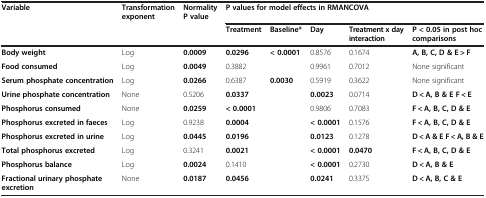
<table><thead><tr><td><b>Variable</b></td><td><b>Transformation exponent</b></td><td><b>Normality P value</b></td><td colspan="5"><b>P values for model effects in RMANCOVA</b></td></tr><tr><td></td><td></td><td></td><td><b>Treatment</b></td><td><b>Baseline*</b></td><td><b>Day</b></td><td><b>Treatment x day interaction</b></td><td><b>P &lt; 0.05 in post hoc comparisons</b></td></tr></thead><tbody><tr><td><b>Body weight</b></td><td>Log</td><td><b>0.0009</b></td><td><b>0.0296</b></td><td><b>&lt; 0.0001</b></td><td>0.8576</td><td>0.1674</td><td><b>A, B, C, D &amp; E &gt; F</b></td></tr><tr><td><b>Food consumed</b></td><td>Log</td><td><b>0.0049</b></td><td>0.3882</td><td></td><td>0.9961</td><td>0.7012</td><td>None significant</td></tr><tr><td><b>Serum phosphate concentration</b></td><td>Log</td><td><b>0.0266</b></td><td>0.6387</td><td><b>0.0030</b></td><td>0.5919</td><td>0.3622</td><td>None significant</td></tr><tr><td><b>Urine phosphate concentration</b></td><td>None</td><td>0.5206</td><td><b>0.0337</b></td><td></td><td><b>0.0023</b></td><td>0.0714</td><td><b>D &lt; A, B &amp; E F &lt; E</b></td></tr><tr><td><b>Phosphorus consumed</b></td><td>None</td><td><b>0.0259</b></td><td><b>&lt; 0.0001</b></td><td></td><td>0.9806</td><td>0.7083</td><td><b>F &lt; A, B, C, D &amp; E</b></td></tr><tr><td><b>Phosphorus excreted in faeces</b></td><td>Log</td><td>0.9238</td><td><b>0.0004</b></td><td></td><td><b>&lt; 0.0001</b></td><td>0.1576</td><td><b>F &lt; A, B, C, D &amp; E</b></td></tr><tr><td><b>Phosphorus excreted in urine</b></td><td>Log</td><td><b>0.0445</b></td><td><b>0.0196</b></td><td></td><td><b>0.0123</b></td><td>0.1278</td><td><b>D &lt; A &amp; E F &lt; A, B &amp; E</b></td></tr><tr><td><b>Total phosphorus excreted</b></td><td>Log</td><td>0.3241</td><td><b>0.0021</b></td><td></td><td><b>&lt; 0.0001</b></td><td><b>0.0470</b></td><td><b>F &lt; A, B, C, D &amp; E</b></td></tr><tr><td><b>Phosphorus balance</b></td><td>Log</td><td><b>0.0024</b></td><td>0.1410</td><td></td><td><b>&lt; 0.0001</b></td><td>0.2730</td><td><b>D &lt; A, B &amp; E</b></td></tr><tr><td><b>Fractional urinary phosphate excretion</b></td><td>None</td><td><b>0.0187</b></td><td><b>0.0456</b></td><td></td><td><b>0.0241</b></td><td>0.3375</td><td><b>D &lt; A, B, C &amp; E</b></td></tr></tbody></table>